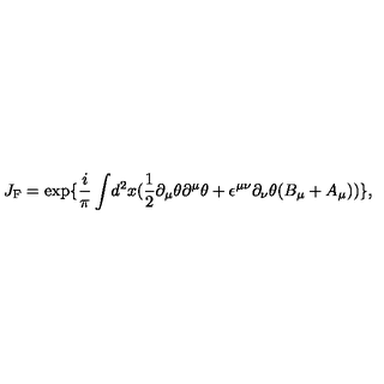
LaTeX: J _ { \mathrm { { F } } } = \exp \{ \frac { i } { \pi } \int \! d ^ { 2 } x ( \frac { 1 } { 2 } \partial _ { \mu } \theta \partial ^ { \mu } \theta + \epsilon ^ { \mu \nu } \partial _ { \nu } \theta ( B _ { \mu } + A _ { \mu } ) ) \} ,